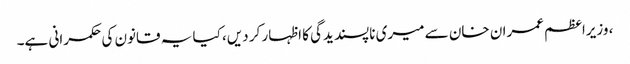
، وزیراعظم عمران خان سے میری ناپسندیدگی کا اظہار کر دیں، کیا یہ قانون کی حکمرانی ہے۔